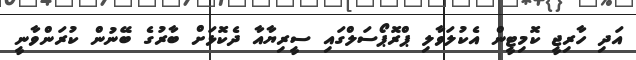
އަދި ހާރިޖީ ކޮމިޓީން އެކުލަވާލި ޕްރޮޕޯސަލްގައި ސީރިޔާއާ ދެކޮޅަށް ބާރުގެ ބޭނުން ކުރަންވާނީ